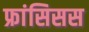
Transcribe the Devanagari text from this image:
फ्रांसिसस